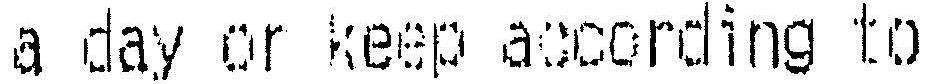
A DAY OR KEEP ACCORDING TO